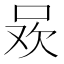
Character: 𭇲